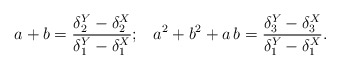
\begin{align*}a+b=\frac{\delta^{Y}_2-\delta^{X}_2}{\delta^{Y}_1-\delta^{X}_1}; \;\; \;a^2+b^2+a \, b=\frac{\delta^{Y}_3-\delta^{X}_3}{\delta^{Y}_1-\delta^{X}_1}.\end{align*}